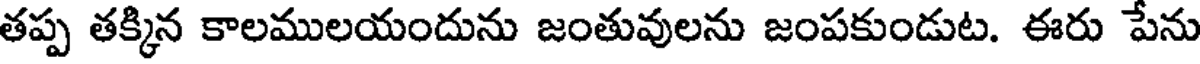
తప్ప తక్కిన కాలములయందును జంతువులను జంపకుండుట. ఈరు పేను